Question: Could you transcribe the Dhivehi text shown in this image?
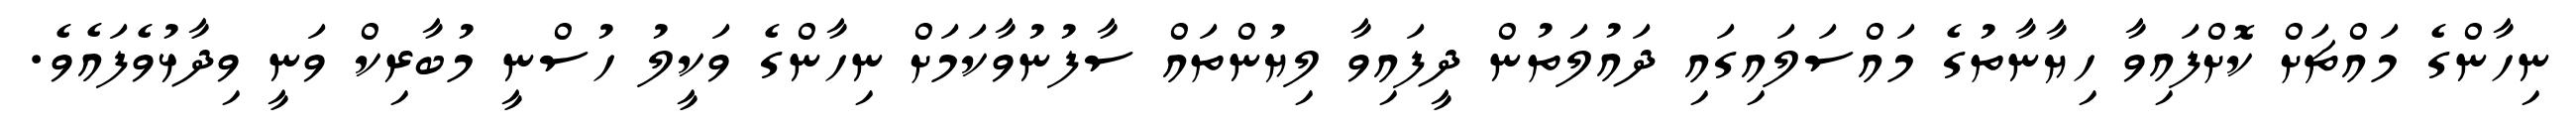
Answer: ނިހާންގެ މައްޗަށް ކޮށްފައިވާ ހިޔާނާތުގެ މައްސަލައިގައި ދައުލަތުން ދީފައިވާ ލިޔުންތައް ސާފުނުވާކަމަށް ނިހާންގެ ވަކީލު ހުސްނީ މުބާރިކް ވަނީ ވިދާޅުވެފައެވެ.